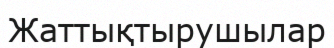
Жаттықтырушылар